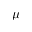
\mu